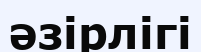
әзірлігі